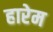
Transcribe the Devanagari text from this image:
हारेम